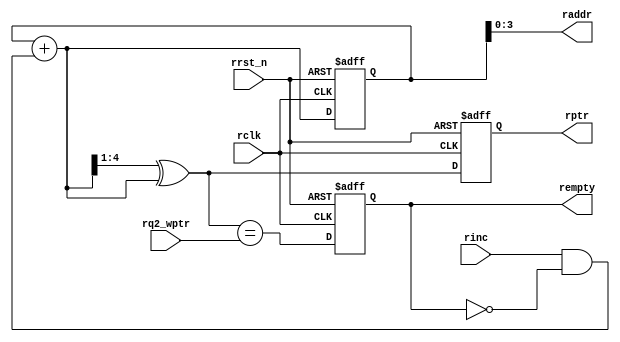
module rptr_empty #(parameter ADDRSIZE = 4)
(output reg rempty,
output [ADDRSIZE-1:0] raddr,
output reg [ADDRSIZE :0] rptr,
input [ADDRSIZE :0] rq2_wptr,
input rinc, rclk, rrst_n);

reg [ADDRSIZE:0] rbin;
wire [ADDRSIZE:0] rgraynext, rbinnext;

//-------------------
// GRAYSTYLE2 pointer
//-------------------

  always @(posedge rclk or negedge rrst_n)
    begin
	    if (!rrst_n) {rbin, rptr} <= 0;
       else {rbin, rptr} <= {rbinnext, rgraynext};
	 end

// Memory read-address pointer (okay to use binary to address memory)
  assign raddr = rbin[ADDRSIZE-1:0];
  assign rbinnext = rbin + (rinc & ~rempty);
  assign rgraynext = (rbinnext>>1) ^ rbinnext;

  //---------------------------------------------------------------
// FIFO empty when the next rptr == synchronized wptr or on reset
//---------------------------------------------------------------

assign rempty_val = (rgraynext == rq2_wptr);
   always @(posedge rclk or negedge rrst_n)
	  begin
       if (!rrst_n) rempty <= 1'b1;
       else rempty <= rempty_val;
	  end
	  
endmodule